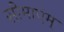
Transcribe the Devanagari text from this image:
सीमाएंम्